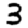
Digit: 3